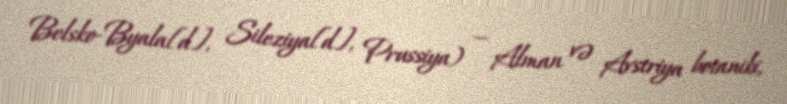
Belsko-Byala[d], Sileziya[d], Prussiya) — Alman və Avstriya botaniki,